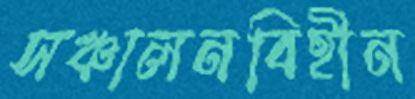
সঞ্চালনবিহীন